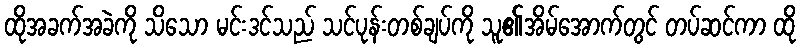
ထိုအခက်အခဲကို သိသော မင်းဒင်သည် သင်ပုန်းတစ်ချပ်ကို သူ၏အိမ်အောက်တွင် တပ်ဆင်ကာ ထို